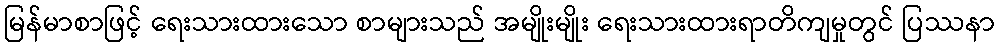
မြန်မာစာဖြင့် ရေးသားထားသော စာများသည် အမျိုးမျိုး ရေးသားထားရာတိကျမှုတွင် ပြဿနာ